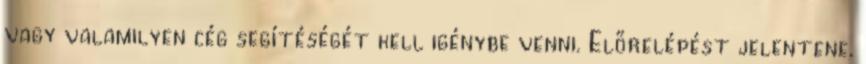
vagy valamilyen cég segítéségét kell igénybe venni. Előrelépést jelentene,